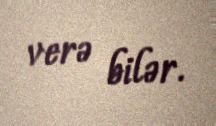
verə bilər.